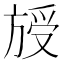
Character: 𣄁